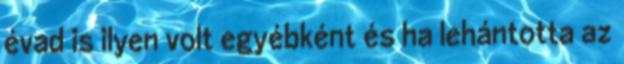
évad is ilyen volt egyébként és ha lehántotta az